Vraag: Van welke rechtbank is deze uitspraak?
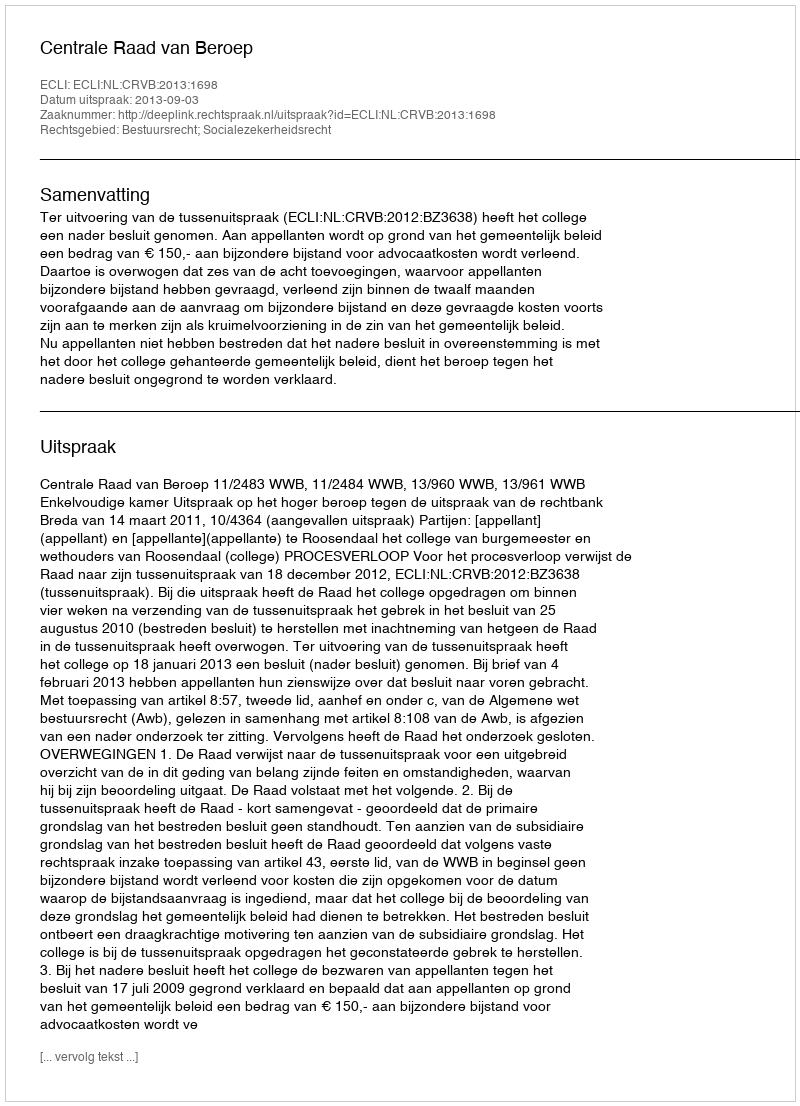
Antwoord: Centrale Raad van Beroep